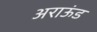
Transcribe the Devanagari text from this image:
अराऊंड